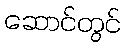
ဆောင်တွင်